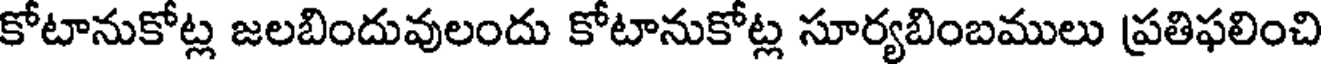
కోటానుకోట్ల జలబిందువులందు కోటానుకోట్ల సూర్యబింబములు ప్రతిఫలించి